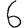
Digit: 6